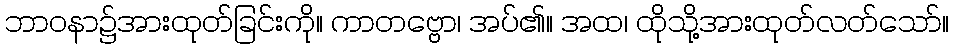
ဘာဝနာ၌အားထုတ်ခြင်းကို။ ကာတဗ္ဗော၊ အပ်၏။ အထ၊ ထိုသို့အားထုတ်လတ်သော်။